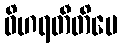
ဝိဟရတီတိပေ